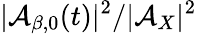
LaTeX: |\mathcal{A}_{\beta,0}(t)|^{2}/|\mathcal{A}_{X}|^{2}